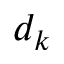
d _ { k }